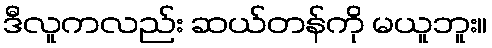
ဒီလူကလည်း ဆယ်တန်ကို မယူဘူး။